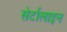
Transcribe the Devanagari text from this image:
सेर्टालाइन